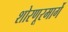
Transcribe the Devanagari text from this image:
शोरणूरमार्गे